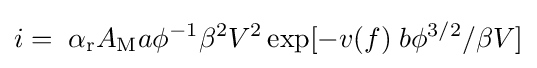
i=\;\alpha _{\mathrm {r} }A_{\mathrm {M} }a{\phi ^{-1}}{\beta }^{2}V^{2}\exp[-v(f)\;b\phi ^{3/2}/\beta V]